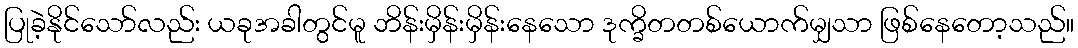
ပြုခဲ့နိုင်သော်လည်း ယခုအခါတွင်မူ ဘိန်းမှိန်းမှိန်းနေသော ဒုက္ခိတတစ်ယောက်မျှသာ ဖြစ်နေတော့သည်။